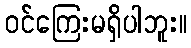
ဝင်ကြေးမရှိပါဘူး။